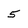
Character: 5